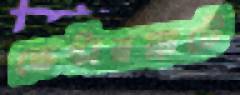
ভেস্টারপ্লাটে